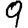
Digit: 9